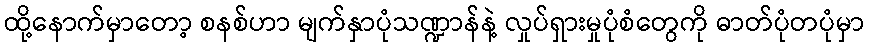
ထို့နောက်မှာတော့ စနစ်ဟာ မျက်နှာပုံသဏ္ဍာန်နဲ့ လှုပ်ရှားမှုပုံစံတွေကို ဓာတ်ပုံတပုံမှာ